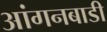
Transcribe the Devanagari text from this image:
आंगनबाडी